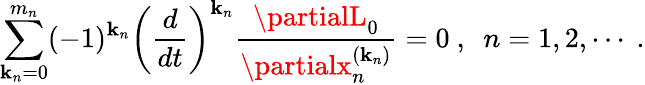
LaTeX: \sum_{\mathbf{k}_{n}=0}^{m_{n}}(-1)^{\mathbf{k}_{n}}\left(\frac{{d}}{{dt}}\right)^{\mathbf{k}_{n}}\frac{{\partialL_{0}}}{{\partialx_{n}^{(\mathbf{k}_{n})}}}=0\ ,\ \ n=1,2,\cdots\ .